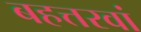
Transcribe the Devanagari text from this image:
बहत्तरवां